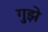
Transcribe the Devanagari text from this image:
गुझे